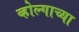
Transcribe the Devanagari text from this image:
व्होल्गाच्या